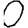
Digit: 0